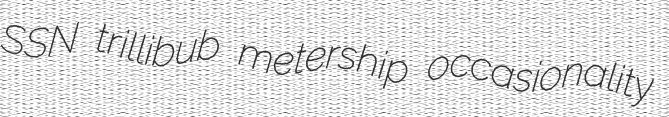
SSN trillibub metership occasionality